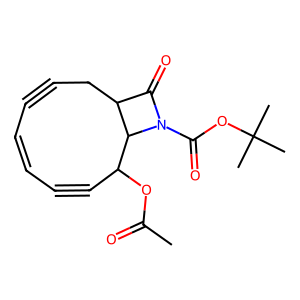
SMILES: CC(=O)OC1C#CC=CC#CCC2C(=O)N(C(=O)OC(C)(C)C)C12
Inhibits HIV replication: No